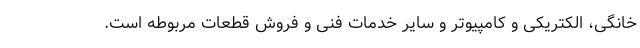
خانگی، الکتریکی و کامپیوتر و سایر خدمات فنی و فروش قطعات مربوطه است.